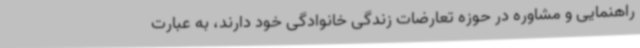
راهنمایی و مشاوره در حوزه تعارضات زندگی خانوادگی خود دارند، به عبارت